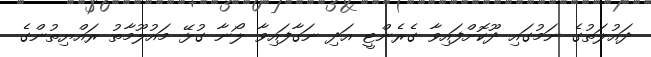
ދައުލަތުގެ ނަމުގައި ދޫކޮށްފައިވާ ގެރެންޓީ އަދި ނަގާފައިވާ ލޯނާ ގުޅޭ މައުލޫމާތު ރައްޔިތުންގެ